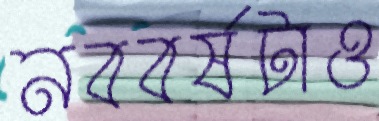
নববর্ষটাও